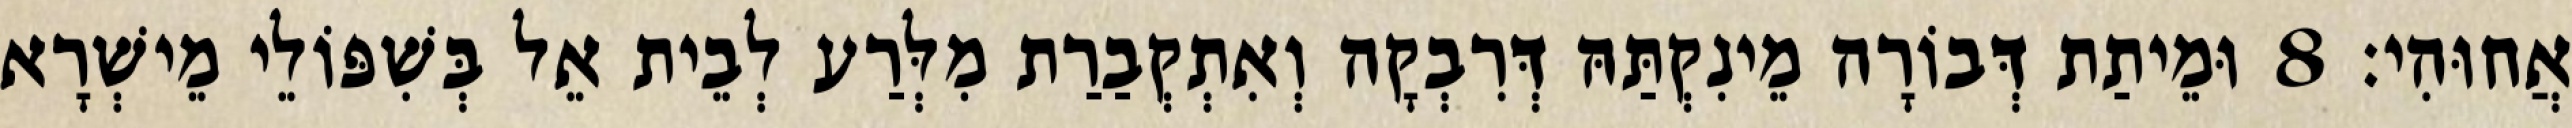
אֲחוּהִי׃ 8 וּמֵיתַת דְּבוֹרָה מֵינִקְתַּהּ דְּרִבְקָה וְאִתְקְבַרַת מִלְּרַע לְבֵית אֵל בְּשִׁפּוֹלֵי מֵישְׁרָא